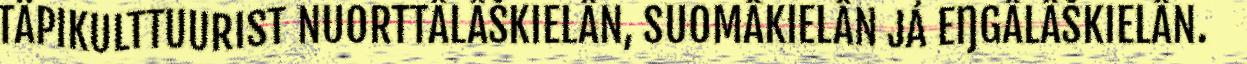
TÄPIKULTTUURIST NUORTTÂLÂŠKIELÂN, SUOMÂKIELÂN JÁ EŊGÂLÂŠKIELÂN.